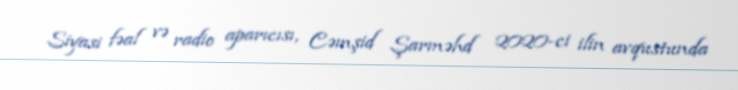
Siyasi fəal və radio aparıcısı, Cəmşid Şarməhd 2020-ci ilin avqustunda